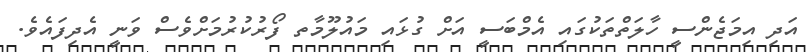
އަދި އިމަޖެންސީ ހާލަތްތަކުގައި އެމްބަސީ އަށް ގުޅައި މައުލޫމާތ ފޯރުކުރުމަށްވެސް ވަނީ އެދިފައެވެ.